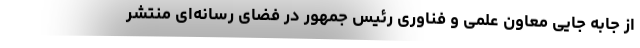
از جابه جایی معاون علمی و فناوری رئیس جمهور در فضای رسانه‌ای منتشر